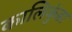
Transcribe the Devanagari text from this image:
कालिकुंडा